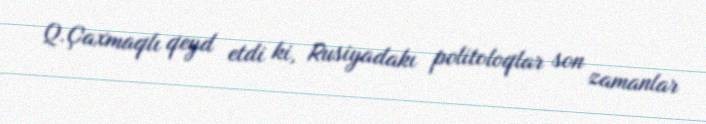
Q.Çaxmaqlı qeyd etdi ki, Rusiyadakı politoloqlar son zamanlar